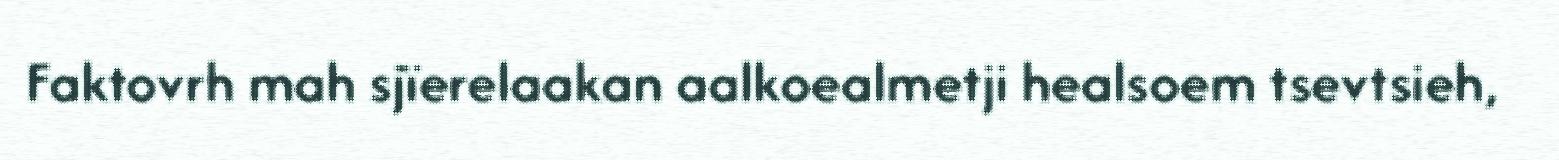
Faktovrh mah sjïerelaakan aalkoealmetji healsoem tsevtsieh,